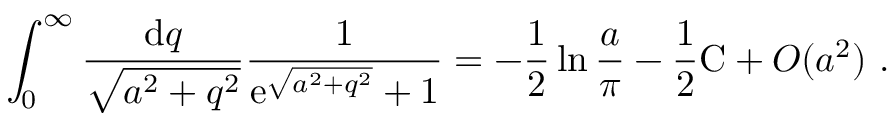
\int _ { 0 } ^ { \infty } \frac { \mathrm { d } q } { \sqrt { a ^ { 2 } + q ^ { 2 } } } \frac { 1 } { \mathrm { e } ^ { \sqrt { a ^ { 2 } + q ^ { 2 } } } + 1 } = - \frac { 1 } { 2 } \ln \frac { a } { \pi } - \frac { 1 } { 2 } \mathrm { C } + O ( a ^ { 2 } ) \ .